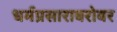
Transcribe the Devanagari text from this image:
धर्मप्रसाराबरोबर